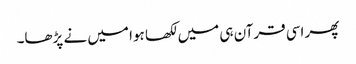
پھر اسی قرآن ہی میں لکھا ہوا میں نے پڑھا۔